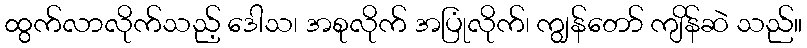
ထွက်လာလိုက်သည့် ဒေါသ၊ အစုလိုက် အပြုံလိုက်၊ ကျွန်တော် ကျိန်ဆဲ သည်။